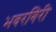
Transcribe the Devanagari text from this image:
भवरगिरी